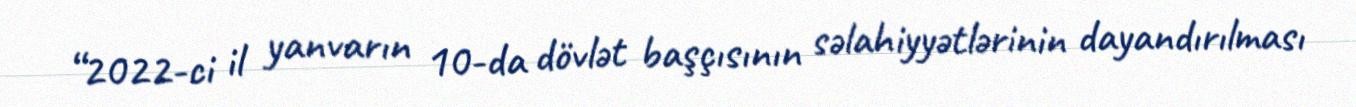
“2022-ci il yanvarın 10-da dövlət başçısının səlahiyyətlərinin dayandırılması